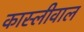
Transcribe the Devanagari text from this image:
कास्लीवाल